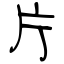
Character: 片